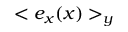
< e _ { x } ( x ) > _ { y }